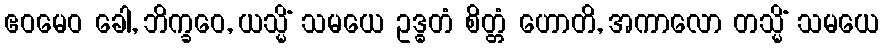
ဧဝမေဝ ခေါ, ဘိက္ခဝေ, ယသ္မိံ သမယေ ဥဒ္ဓတံ စိတ္တံ ဟောတိ, အကာလော တသ္မိံ သမယေ